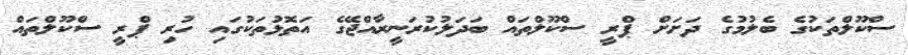
ސްކޫލްތަކުގެ ބެލުމުގެ ދަށަށް ޕްރީ ސްކޫލްތައް ބަދަލުކުރަނީރާއްޖޭގެ އަތޮޅުުތަކުގައި ހުރި ޕްރީ ސްކޫލްތައް